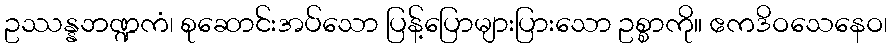
ဥဿန္နဘဏ္ဍကံ၊ စုဆောင်းအပ်သော ပြန့်ပြောများပြားသော ဥစ္စာကို။ ဧကဒိဝသေနေဝ၊